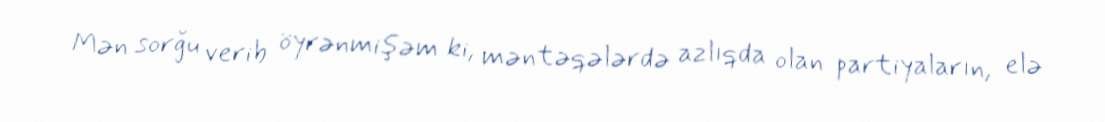
Mən sorğu verib öyrənmişəm ki, məntəqələrdə azlıqda olan partiyaların, elə